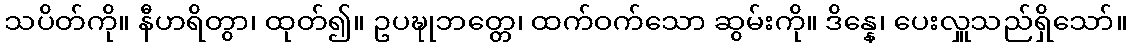
သပိတ်ကို။ နီဟရိတွာ၊ ထုတ်၍။ ဥပဍ္ဎုဘတ္တေ၊ ထက်ဝက်သော ဆွမ်းကို။ ဒိန္နေ၊ ပေးလှူသည်ရှိသော်။